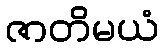
ဇာတိမယံ